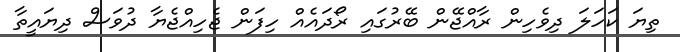
ތިޔަ ކަހަލަ ދިވެހިން ރާއްޖޭން ބޭރުގައި ރޯދައެއް ހިފަން ޖެހިއްޖެޔާ ދުވަސް ދިޔައީތާ